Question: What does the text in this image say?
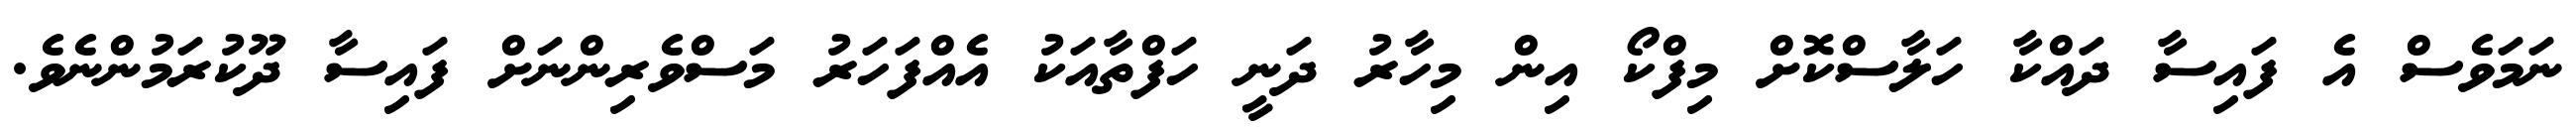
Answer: ނަމަވެސް އެ ފައިސާ ދައްކާ ހަލާސްކޮށް މިފްކޯ އިން މިހާރު ދަނީ ހަފްތާއަކު އެއްފަހަރު މަސްވެރިންނަށް ފައިސާ ދޫކުރަމުންނެވެ.